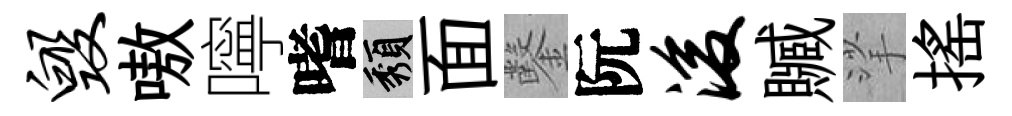
毁嗷嚀嗜頽面鑿阮浚贓挲摇